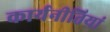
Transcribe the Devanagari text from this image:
कार्यनीतियां